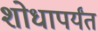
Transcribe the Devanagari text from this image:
शोधापर्यंत